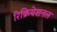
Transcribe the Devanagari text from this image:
रिक्रियेशनल